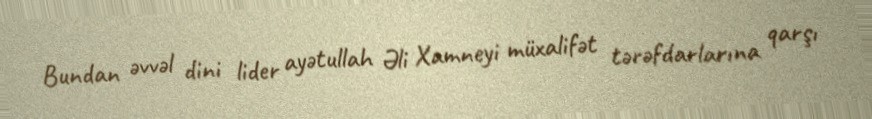
Bundan əvvəl dini lider ayətullah Əli Xamneyi müxalifət tərəfdarlarına qarşı